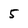
Character: 5